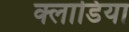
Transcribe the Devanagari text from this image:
क्लाडिया